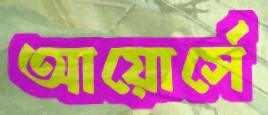
আয়োর্সে